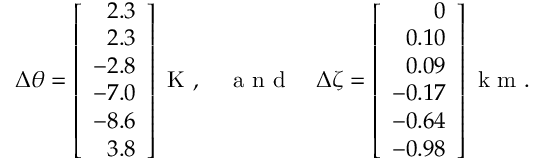
{ \Delta \theta } = \left[ \begin{array} { r } { 2 . 3 } \\ { 2 . 3 } \\ { - 2 . 8 } \\ { - 7 . 0 } \\ { - 8 . 6 } \\ { 3 . 8 } \end{array} \right] \mathrm { ~ K ~ } , \quad \mathrm { ~ a ~ n ~ d ~ } \quad { \Delta \zeta } = \left[ \begin{array} { r } { 0 } \\ { 0 . 1 0 } \\ { 0 . 0 9 } \\ { - 0 . 1 7 } \\ { - 0 . 6 4 } \\ { - 0 . 9 8 } \end{array} \right] \mathrm { ~ k ~ m ~ } .